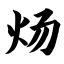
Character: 炀